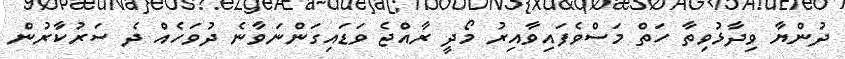
ދުންޔާ ވިދާޅުވިތާ ހަތް މަސްވެފައިވާއިރު މޯދީ ރާއްޖެ ވަޑައިގަންނަވާނެ ދުވަހެއް ދެ ސަރުކާރުން